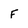
Character: F